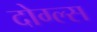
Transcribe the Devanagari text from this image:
दोग्ल्स